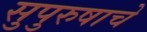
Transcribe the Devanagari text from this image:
सुपुरुषाचे